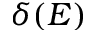
\delta ( E )